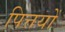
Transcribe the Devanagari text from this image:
पित्तयों